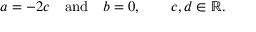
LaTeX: a = - 2 c \quad { \mathrm { a n d } } \quad b = 0 , \qquad c , d \in \mathbb { R } .